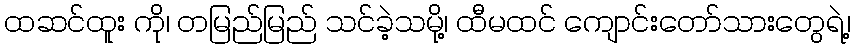
ထဆင်ထူး ကို၊ တမြည်မြည် သင်ခဲ့သမို့၊ ထီမထင် ကျောင်းတော်သားတွေရဲ့၊